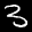
Label: 3